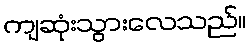
ကျဆုံးသွားလေသည်။